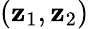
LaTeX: (\mathbf{z}_{1},\mathbf{z}_{2})